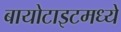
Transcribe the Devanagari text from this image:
बायोटाइटमध्ये